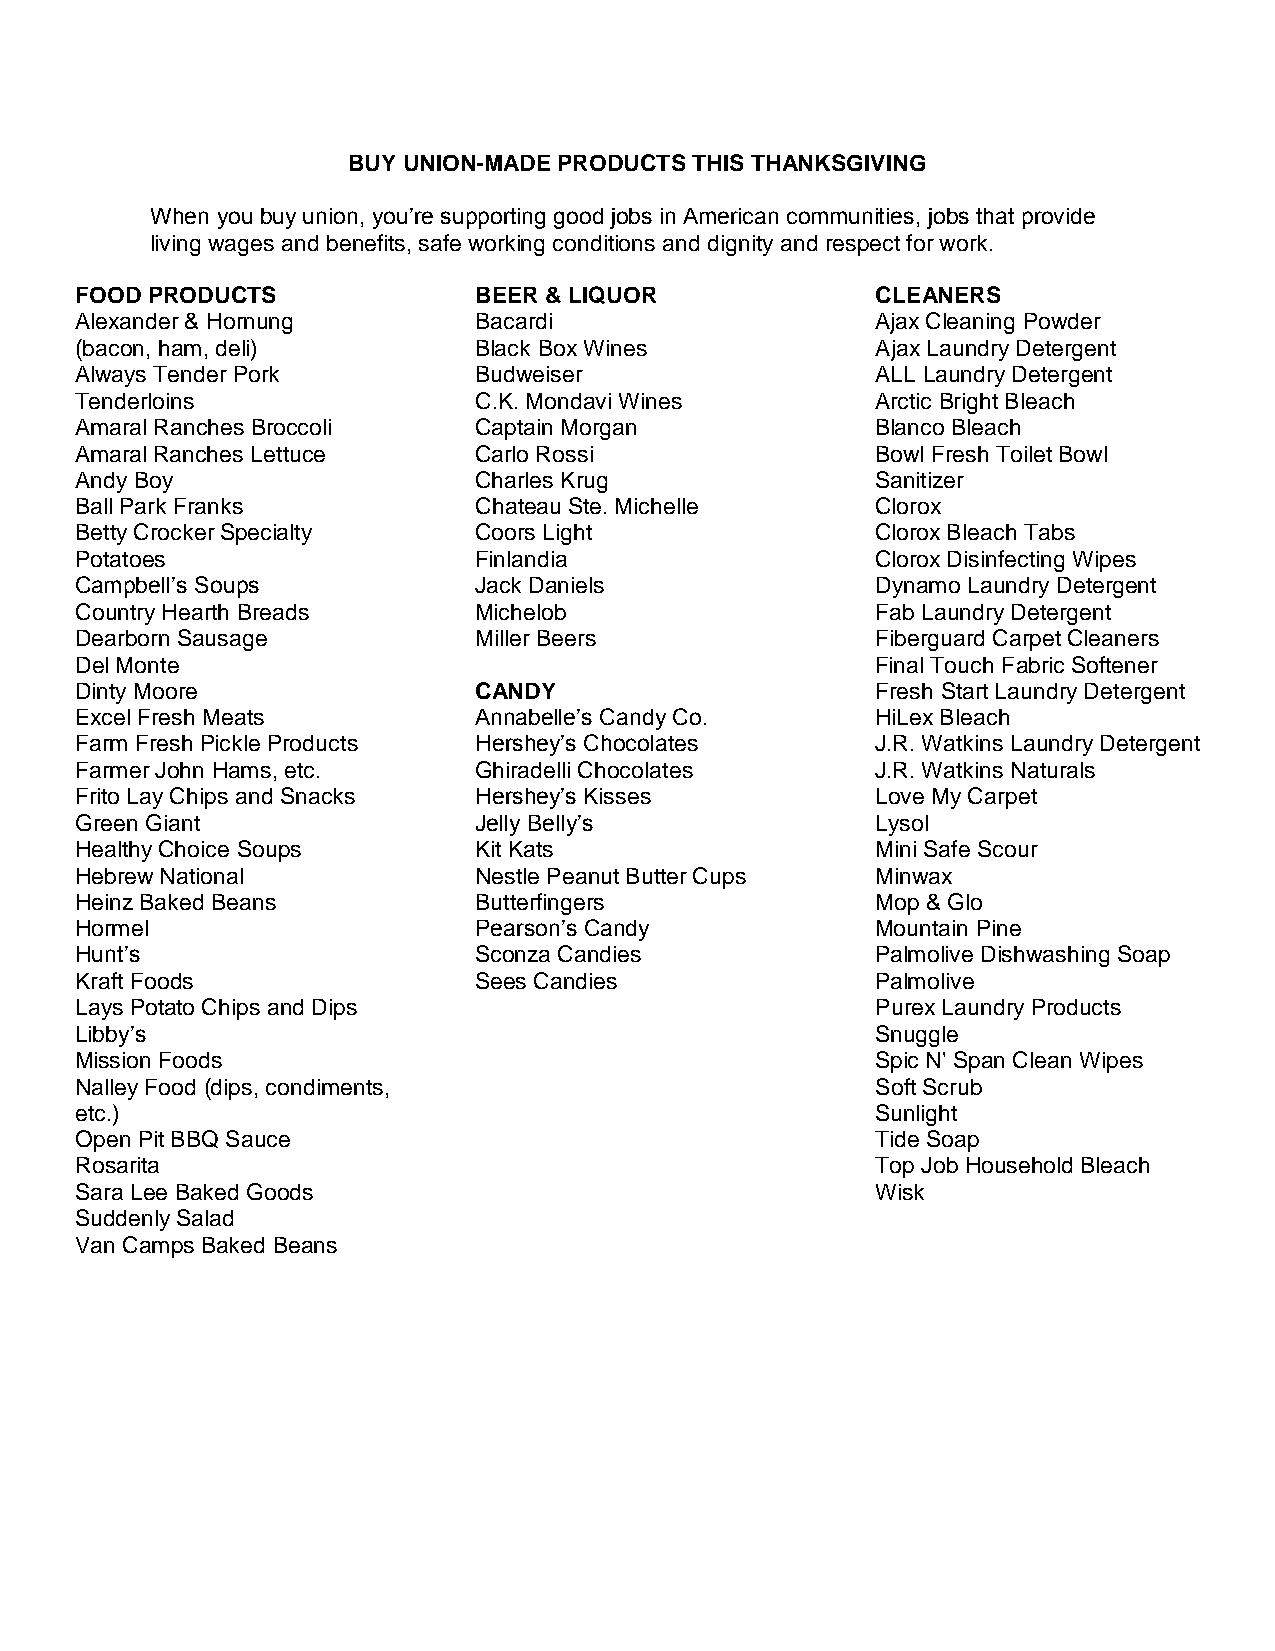
BUY UNION-MADE PRODUCTS THIS THANKSGIVING
 When you buy union, you’re supporting good jobs in American communities, jobs that provide
 living wages and benefits, safe working conditions and dignity and respect for work.
 FOOD PRODUCTS             BEER & LIQUOR              CLEANERS
 Alexander & Hornung       Bacardi                    Ajax Cleaning Powder
 (bacon, ham, deli)        Black Box Wines            Ajax Laundry Detergent
 Always Tender Pork        Budweiser                  ALL Laundry Detergent
 Tenderloins               C.K. Mondavi Wines         Arctic Bright Bleach
 Amaral Ranches Broccoli   Captain Morgan             Blanco Bleach
 Amaral Ranches Lettuce    Carlo Rossi                Bowl Fresh Toilet Bowl
 Andy Boy                  Charles Krug               Sanitizer
 Ball Park Franks          Chateau Ste. Michelle      Clorox
 Betty Crocker Specialty   Coors Light                Clorox Bleach Tabs
 Potatoes                  Finlandia                  Clorox Disinfecting Wipes
 Campbell’s Soups          Jack Daniels               Dynamo Laundry Detergent
 Country Hearth Breads     Michelob                   Fab Laundry Detergent
 Dearborn Sausage          Miller Beers               Fiberguard Carpet Cleaners
 Del Monte                                            Final Touch Fabric Softener
 Dinty Moore               CANDY                      Fresh Start Laundry Detergent
 Excel Fresh Meats         Annabelle’s Candy Co.      HiLex Bleach
 Farm Fresh Pickle Products Hershey’s Chocolates      J.R. Watkins Laundry Detergent
 Farmer John Hams, etc.    Ghiradelli Chocolates      J.R. Watkins Naturals
 Frito Lay Chips and Snacks Hershey’s Kisses          Love My Carpet
 Green Giant               Jelly Belly’s              Lysol
 Healthy Choice Soups      Kit Kats                   Mini Safe Scour
 Hebrew National           Nestle Peanut Butter Cups  Minwax
 Heinz Baked Beans         Butterfingers              Mop & Glo
 Hormel                    Pearson’s Candy            Mountain Pine
 Hunt’s                    Sconza Candies             Palmolive Dishwashing Soap
 Kraft Foods               Sees Candies               Palmolive
 Lays Potato Chips and Dips                           Purex Laundry Products
 Libby’s                                              Snuggle
 Mission Foods                                        Spic N' Span Clean Wipes
 Nalley Food (dips, condiments,                       Soft Scrub
 etc.)                                                Sunlight
 Open Pit BBQ Sauce                                   Tide Soap
 Rosarita                                             Top Job Household Bleach
 Sara Lee Baked Goods                                 Wisk
 Suddenly Salad
 Van Camps Baked Beans